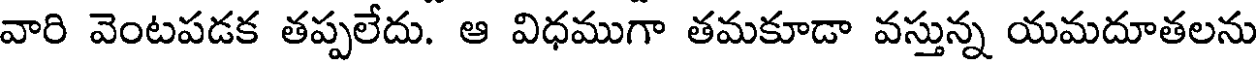
వారి వెంటపడక తప్పలేదు. ఆ విధముగా తమకూడా వస్తున్న యమదూతలను